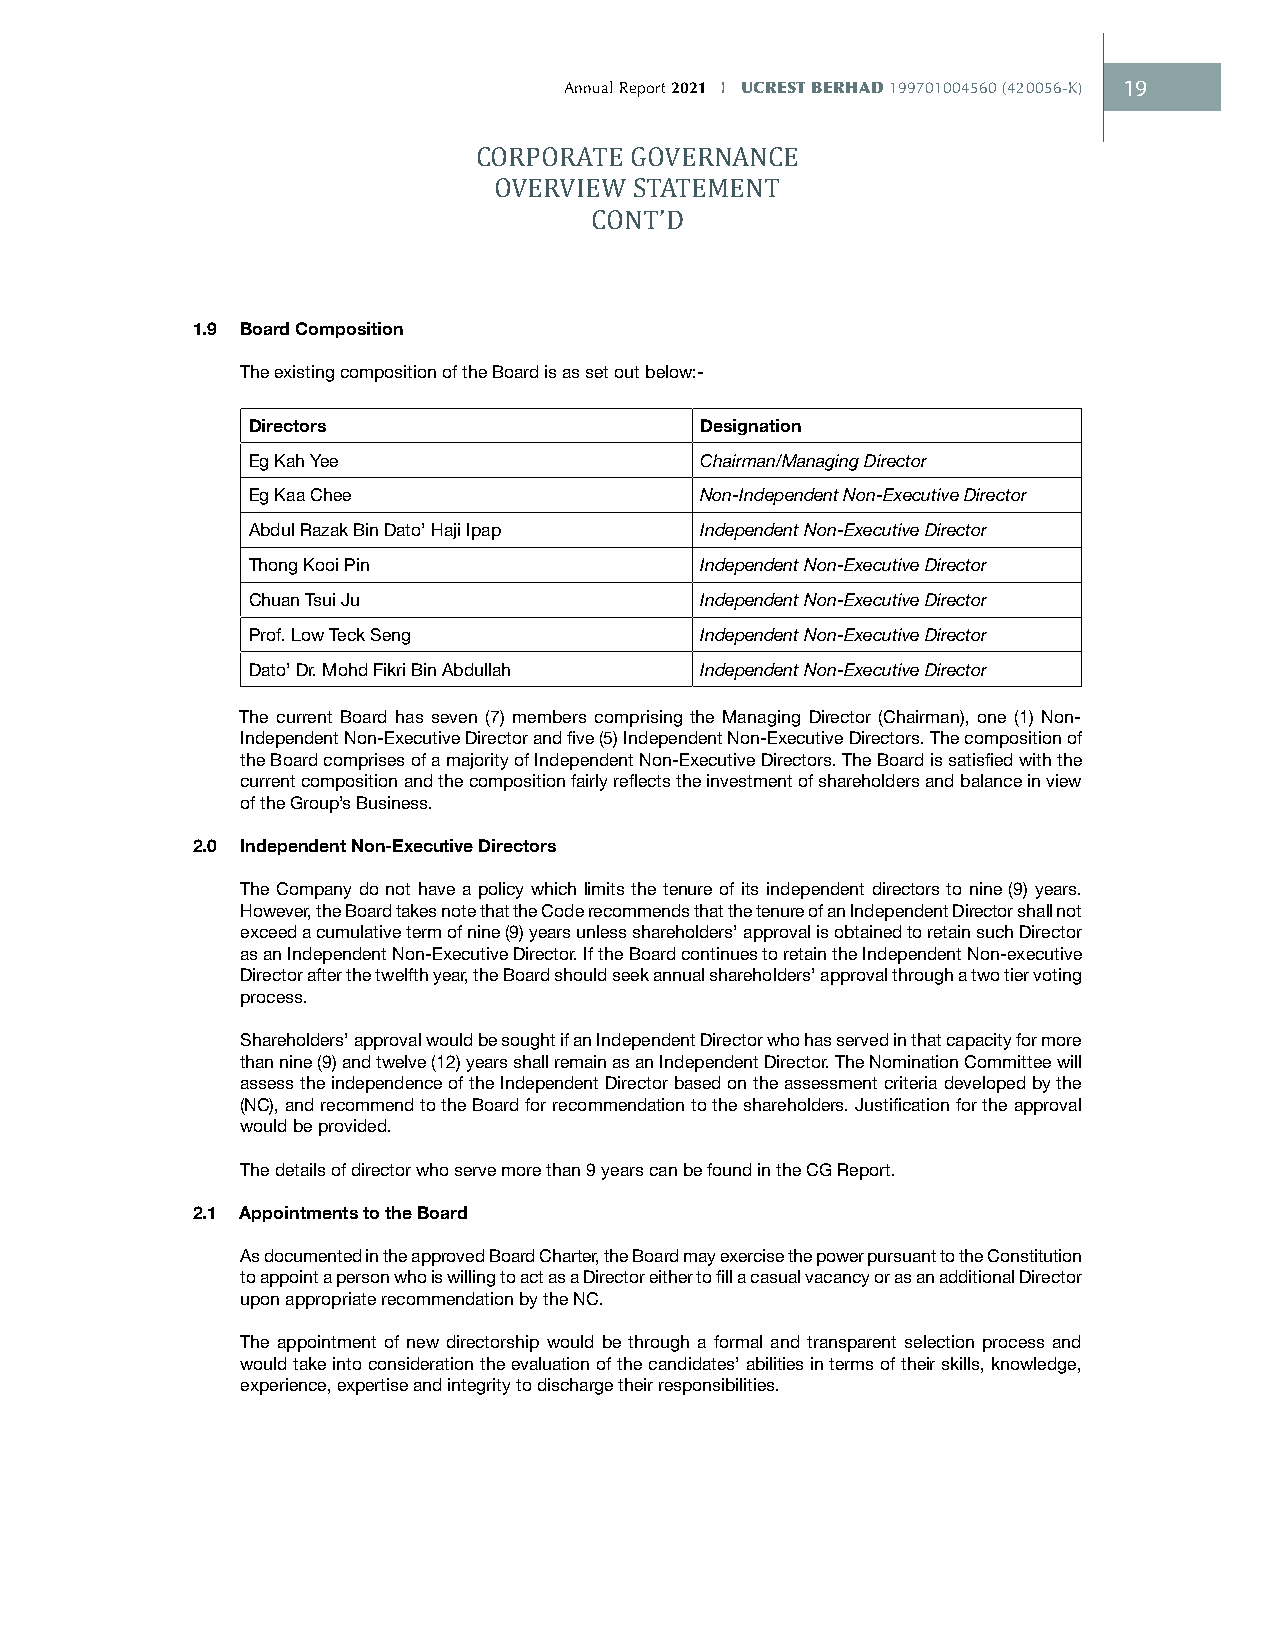
Annual Report 2021 I UCREST BERHAD 199701004560 (420056-K) 19
 CORPORATE GOVERNANCE
 OVERVIEW STATEMENT
 CONT’D
 1.9 Board Composition
 The existing composition of the Board is as set out below:-
 Directors                     Designation
 Eg Kah Yee                    Chairman/Managing Director
 Eg Kaa Chee                   Non-Independent Non-Executive Director
 Abdul Razak Bin Dato’ Haji Ipap Independent Non-Executive Director
 Thong Kooi Pin                Independent Non-Executive Director
 Chuan Tsui Ju                 Independent Non-Executive Director
 Prof. Low Teck Seng           Independent Non-Executive Director
 Dato’ Dr. Mohd Fikri Bin Abdullah Independent Non-Executive Director
 The current Board has seven (7) members comprising the Managing Director (Chairman), one (1) Non-
 Independent Non-Executive Director and five (5) Independent Non-Executive Directors. The composition of
 the Board comprises of a majority of Independent Non-Executive Directors. The Board is satisfied with the
 current composition and the composition fairly reflects the investment of shareholders and balance in view
 of the Group’s Business.
 2.0 Independent Non-Executive Directors
 The Company do not have a policy which limits the tenure of its independent directors to nine (9) years.
 However, the Board takes note that the Code recommends that the tenure of an Independent Director shall not
 exceed a cumulative term of nine (9) years unless shareholders’ approval is obtained to retain such Director
 as an Independent Non-Executive Director. If the Board continues to retain the Independent Non-executive
 Director after the twelfth year, the Board should seek annual shareholders’ approval through a two tier voting
 process.
 Shareholders’ approval would be sought if an Independent Director who has served in that capacity for more
 than nine (9) and twelve (12) years shall remain as an Independent Director. The Nomination Committee will
 assess the independence of the Independent Director based on the assessment criteria developed by the
 (NC), and recommend to the Board for recommendation to the shareholders. Justification for the approval
 would be provided.
 The details of director who serve more than 9 years can be found in the CG Report.
 2.1 Appointments to the Board
 As documented in the approved Board Charter, the Board may exercise the power pursuant to the Constitution
 to appoint a person who is willing to act as a Director either to fill a casual vacancy or as an additional Director
 upon appropriate recommendation by the NC.
 The appointment of new directorship would be through a formal and transparent selection process and
 would take into consideration the evaluation of the candidates’ abilities in terms of their skills, knowledge,
 experience, expertise and integrity to discharge their responsibilities.